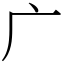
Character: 广